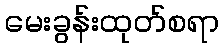
မေးခွန်းထုတ်စရာ